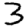
Digit: 3